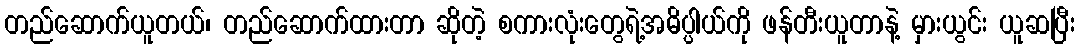
တည်ဆောက်ယူတယ်၊ တည်ဆောက်ထားတာ ဆိုတဲ့ စကားလုံးတွေရဲ့အဓိပ္ပါယ်ကို ဖန်တီးယူတာနဲ့ မှားယွင်း ယူဆပြီး